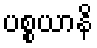
ပစ္စယာနိ